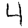
Digit: 4